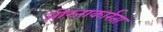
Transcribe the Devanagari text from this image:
जोग्जाकार्रता